Vaccination Hyderabad 1872-1889 - 1872-1889
Year: 1872
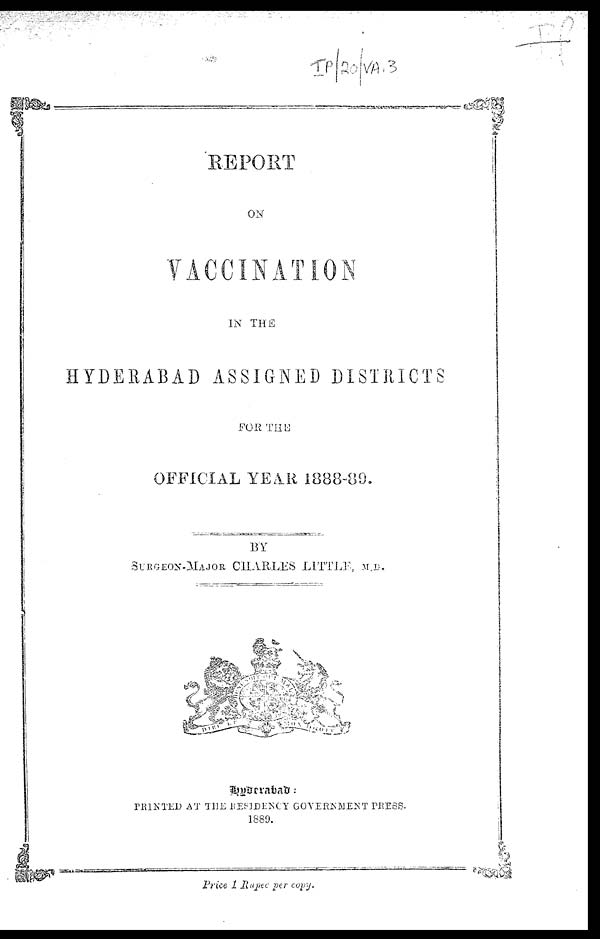
REPORT
ON
VACCINATION
IN THE
HYDERABAD ASSIGNED DISTRICTS
FOR THE
OFFICIAL YEAR 1888-89.
BY
SURGEON-MAJOR CHARLES LITTLE, M.D.
Hyderabad :
PRINTED AT THE RESIDENCY GOVERNMENT PRESS.
1889.
Price 1 Rupee per copy.